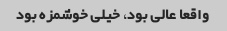
واقعا عالی بود، خیلی خوشمزه بود